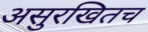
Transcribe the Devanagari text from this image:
असुरखितच